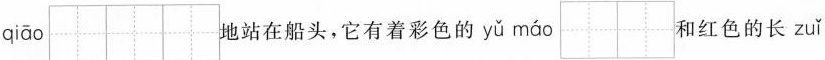
qiāo \aquare \aquare \aquare 地站在船头，它有着彩色的 yǔ máo \aquare \aquare 和红色的长 zuǐ